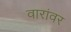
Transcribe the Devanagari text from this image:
वारांवर